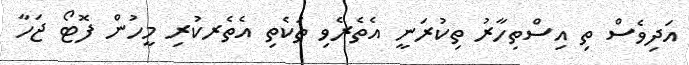
އަދިވެސް ތި އިސްތިހާރު ތިކުރަނީ އެތެރެވި ތަކެތި އެތެރކުރި މީހުން ފޮޓޯ ޖަހާ